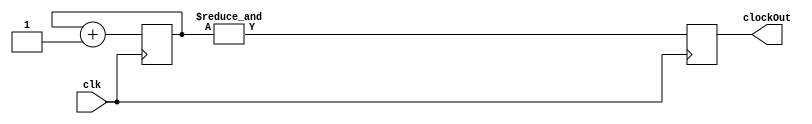
`timescale 1ns / 1ps
//////////////////////////////////////////////////////////////////////////////////
// Company: 
// Engineer: 
// 
// Design Name: 
// Module Name:    counter 
// Project Name: 
// Target Devices: 
// Tool versions: 
// Description: 
//
// Dependencies: 
//
// Revision: 
// Revision 0.01 - File Created
// Additional Comments: 
//
//////////////////////////////////////////////////////////////////////////////////
module timeDivider(
    input clk,
    output reg clockOut
    );
	 
	 reg [23:0]buffer;
	 
	 always@(posedge clk)
	 begin
	     buffer <= buffer + 1;
		  clockOut <= &buffer;
	 end

endmodule

module counter(
    mainClock,
    reset,
    count
    );
    input mainClock;
    input reset;
    output [3:0] count;
    reg [3:0]count;
	 wire slowClock;
	 
	 timeDivider td(.clk(mainClock), .clockOut(slowClock));

    always@(posedge slowClock)
    begin
	     if (!reset)
		   count <= 4'b1111;
		  else
		   count <= count-1;
    end	 
    
endmodule